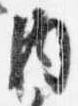
内